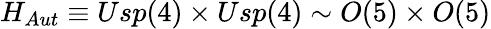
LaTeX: H_{Aut}\equiv Usp(4)\times Usp(4)\sim O(5)\times O(5)